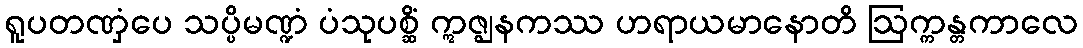
ရူပတဏှံပေ သပ္ပိမဏ္ဍံ ပံသုပစ္ဆိံ ဣဇ္ဈနကဿ ဟရာယမာနောတိ ဩက္ကန္တကာလေ